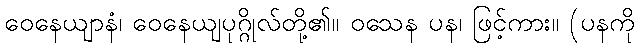
ဝေနေယျာနံ၊ ဝေနေယျပုဂ္ဂိုလ်တို့၏။ ဝသေန ပန၊ ဖြင့်ကား။ (ပနကို